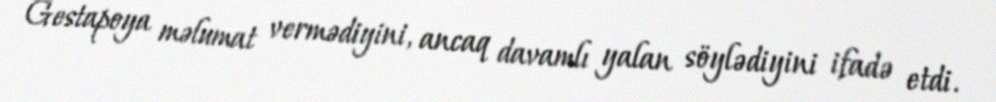
Gestapoya məlumat vermədiyini, ancaq davamlı yalan söylədiyini ifadə etdi.